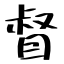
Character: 督